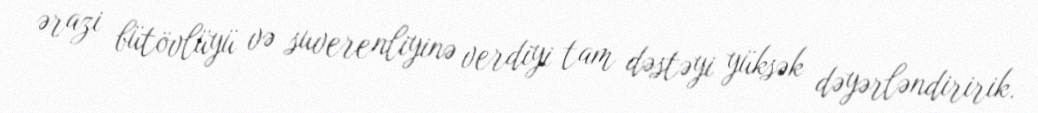
ərazi bütövlüyü və suverenliyinə verdiyi tam dəstəyi yüksək dəyərləndiririk.